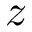
z